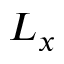
L _ { x }